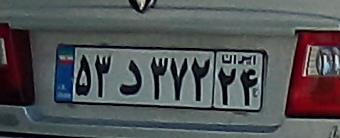
۵۳د۳۷۲۲۴